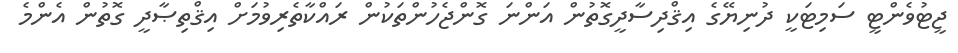
ޖީޓުވެންޓީ ސަމިޓަކީ ދުނިޔޭގެ އިޤްދިސާދީގޮތުން އަންނަ ގޮންޖެހުންތަކުން ރައްކާތެރިވުމަށް އިޤްތިޞާދީ ގޮތުން އެންމެ